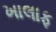
ખાલાફ